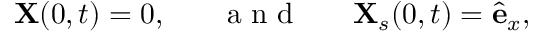
{ \bf { X } } ( 0 , t ) = 0 , \ \ \ \ \ \mathrm { ~ a ~ n ~ d ~ } \ \ \ \ \ { \bf { X } } _ { s } ( 0 , t ) = \hat { \bf { e } } _ { x } ,